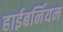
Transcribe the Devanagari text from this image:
हाईबर्नियन